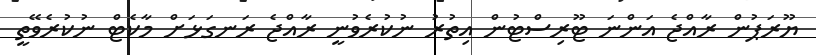
ޔޫރަޕުން ރާއްޖެ އަންނަ ޓޫރިސްޓުން އިތުރު ނުކުރެވުނީ ރާއްޖެ ރަނގަޅަށް މާކެޓް ނުކުރެވޭތީ